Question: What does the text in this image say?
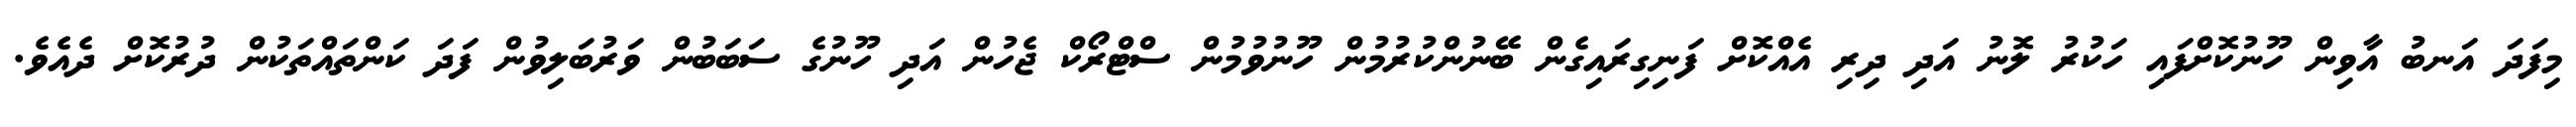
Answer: މިފަދަ އަނބު އާވިން ހޫނުކޮށްފައި ހަކުރު ލޮނު އަދި ދިރި އެއްކޮށް ފަނިގިރައިގެން ބޭނުންކުރުމުން ހޫނުވުމުން ސްޓްރޯކް ޖެހުން އަދި ހޫނުގެ ސަބަބުން ވަރުބަލިވުން ފަދަ ކަންތައްތަކުން ދުރުކޮށް ދެއެވެ.